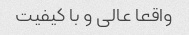
واقعا عالی و با کیفیت